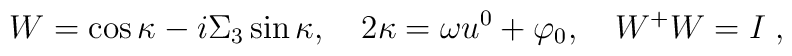
W=\cos \kappa -i\Sigma _{3}\sin \kappa ,\quad 2\kappa =\omega u^{0}+\varphi_{0},\quad W^{+}W=I\;,